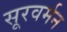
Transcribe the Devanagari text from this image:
सूरवर्मन